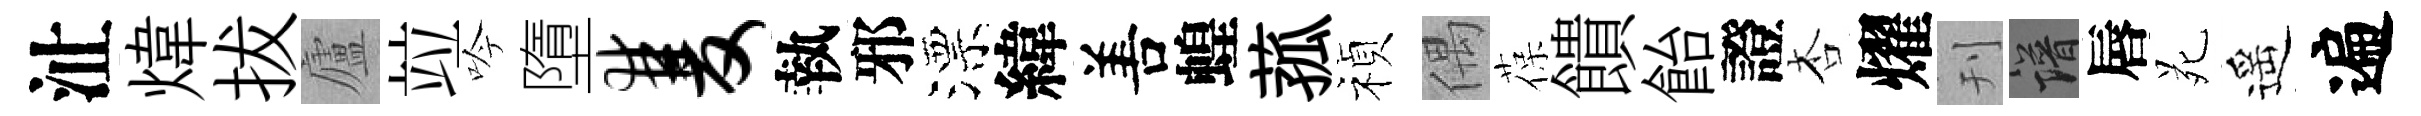
沚煒拔廬竝吟墮双執邪漂緯𠵊蝗菰禎偶葆饋飴證杏燿刊譜唇苑遥遍